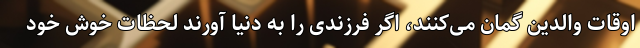
اوقات والدین گمان می‌کنند، اگر فرزندی را به دنیا آورند لحظات خوش خود